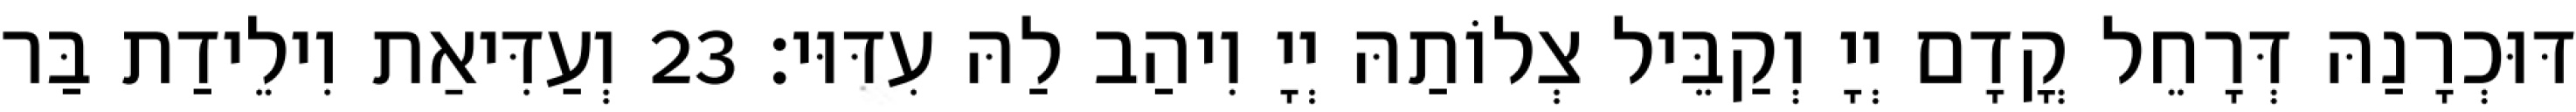
דּוּכְרָנַהּ דְּרָחֵל קֳדָם יְיָ וְקַבֵּיל צְלוֹתַהּ יְיָ וִיהַב לַהּ עִדּוּי׃ 23 וְעַדִּיאַת וִילֵידַת בַּר